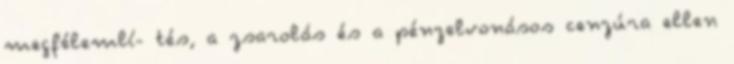
megfélemlí- tés, a zsarolás és a pénzelvonásos cenzúra ellen